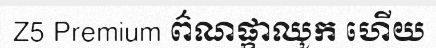
Z5 Premium ព៌ណផ្កាឈូក ហើយ